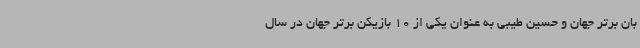
بان برتر جهان و حسین طیبی به عنوان یکی از 10 بازیکن برتر جهان در سال